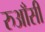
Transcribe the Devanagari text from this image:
रुआँसी